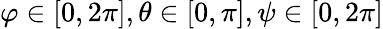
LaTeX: \varphi\in[0,2\pi],\theta\in[0,\pi],\psi\in[0,2\pi]